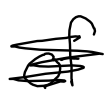
Text: of
Cross-out: scratch
Writing tool: digital_black